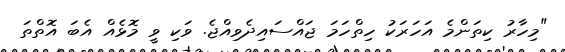
"މިހާރު ކިތަންމެ އަހަރަކު ހިތްހަމަ ޖައްސައިދެވިއްޖެ. ވަކި ވީ މޮޅެއް އެބަ އޮތްތަ